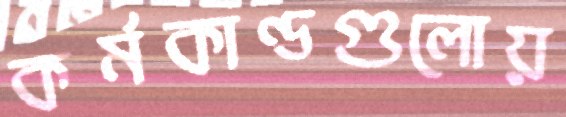
কর্মকাণ্ডগুলোয়